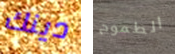
دينك الطموح